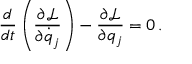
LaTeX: { \frac { d } { d t } } \left( { \frac { \partial { \mathcal { L } } } { \partial { \dot { q } } _ { j } } } \right) - { \frac { \partial { \mathcal { L } } } { \partial q _ { j } } } = 0 \, .